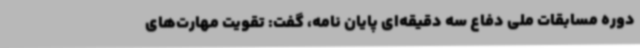
دوره مسابقات ملی دفاع سه دقیقه‌ای پایان نامه، گفت: تقویت مهارت‌های